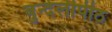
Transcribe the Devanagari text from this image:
बुन्देलीपीठ